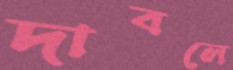
দাবলে